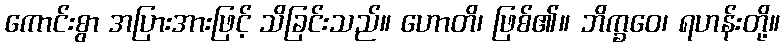
ကောင်းစွာ အပြားအားဖြင့် သိခြင်းသည်။ ဟောတိ၊ ဖြစ်၏။ ဘိက္ခဝေ၊ ရဟန်းတို့။